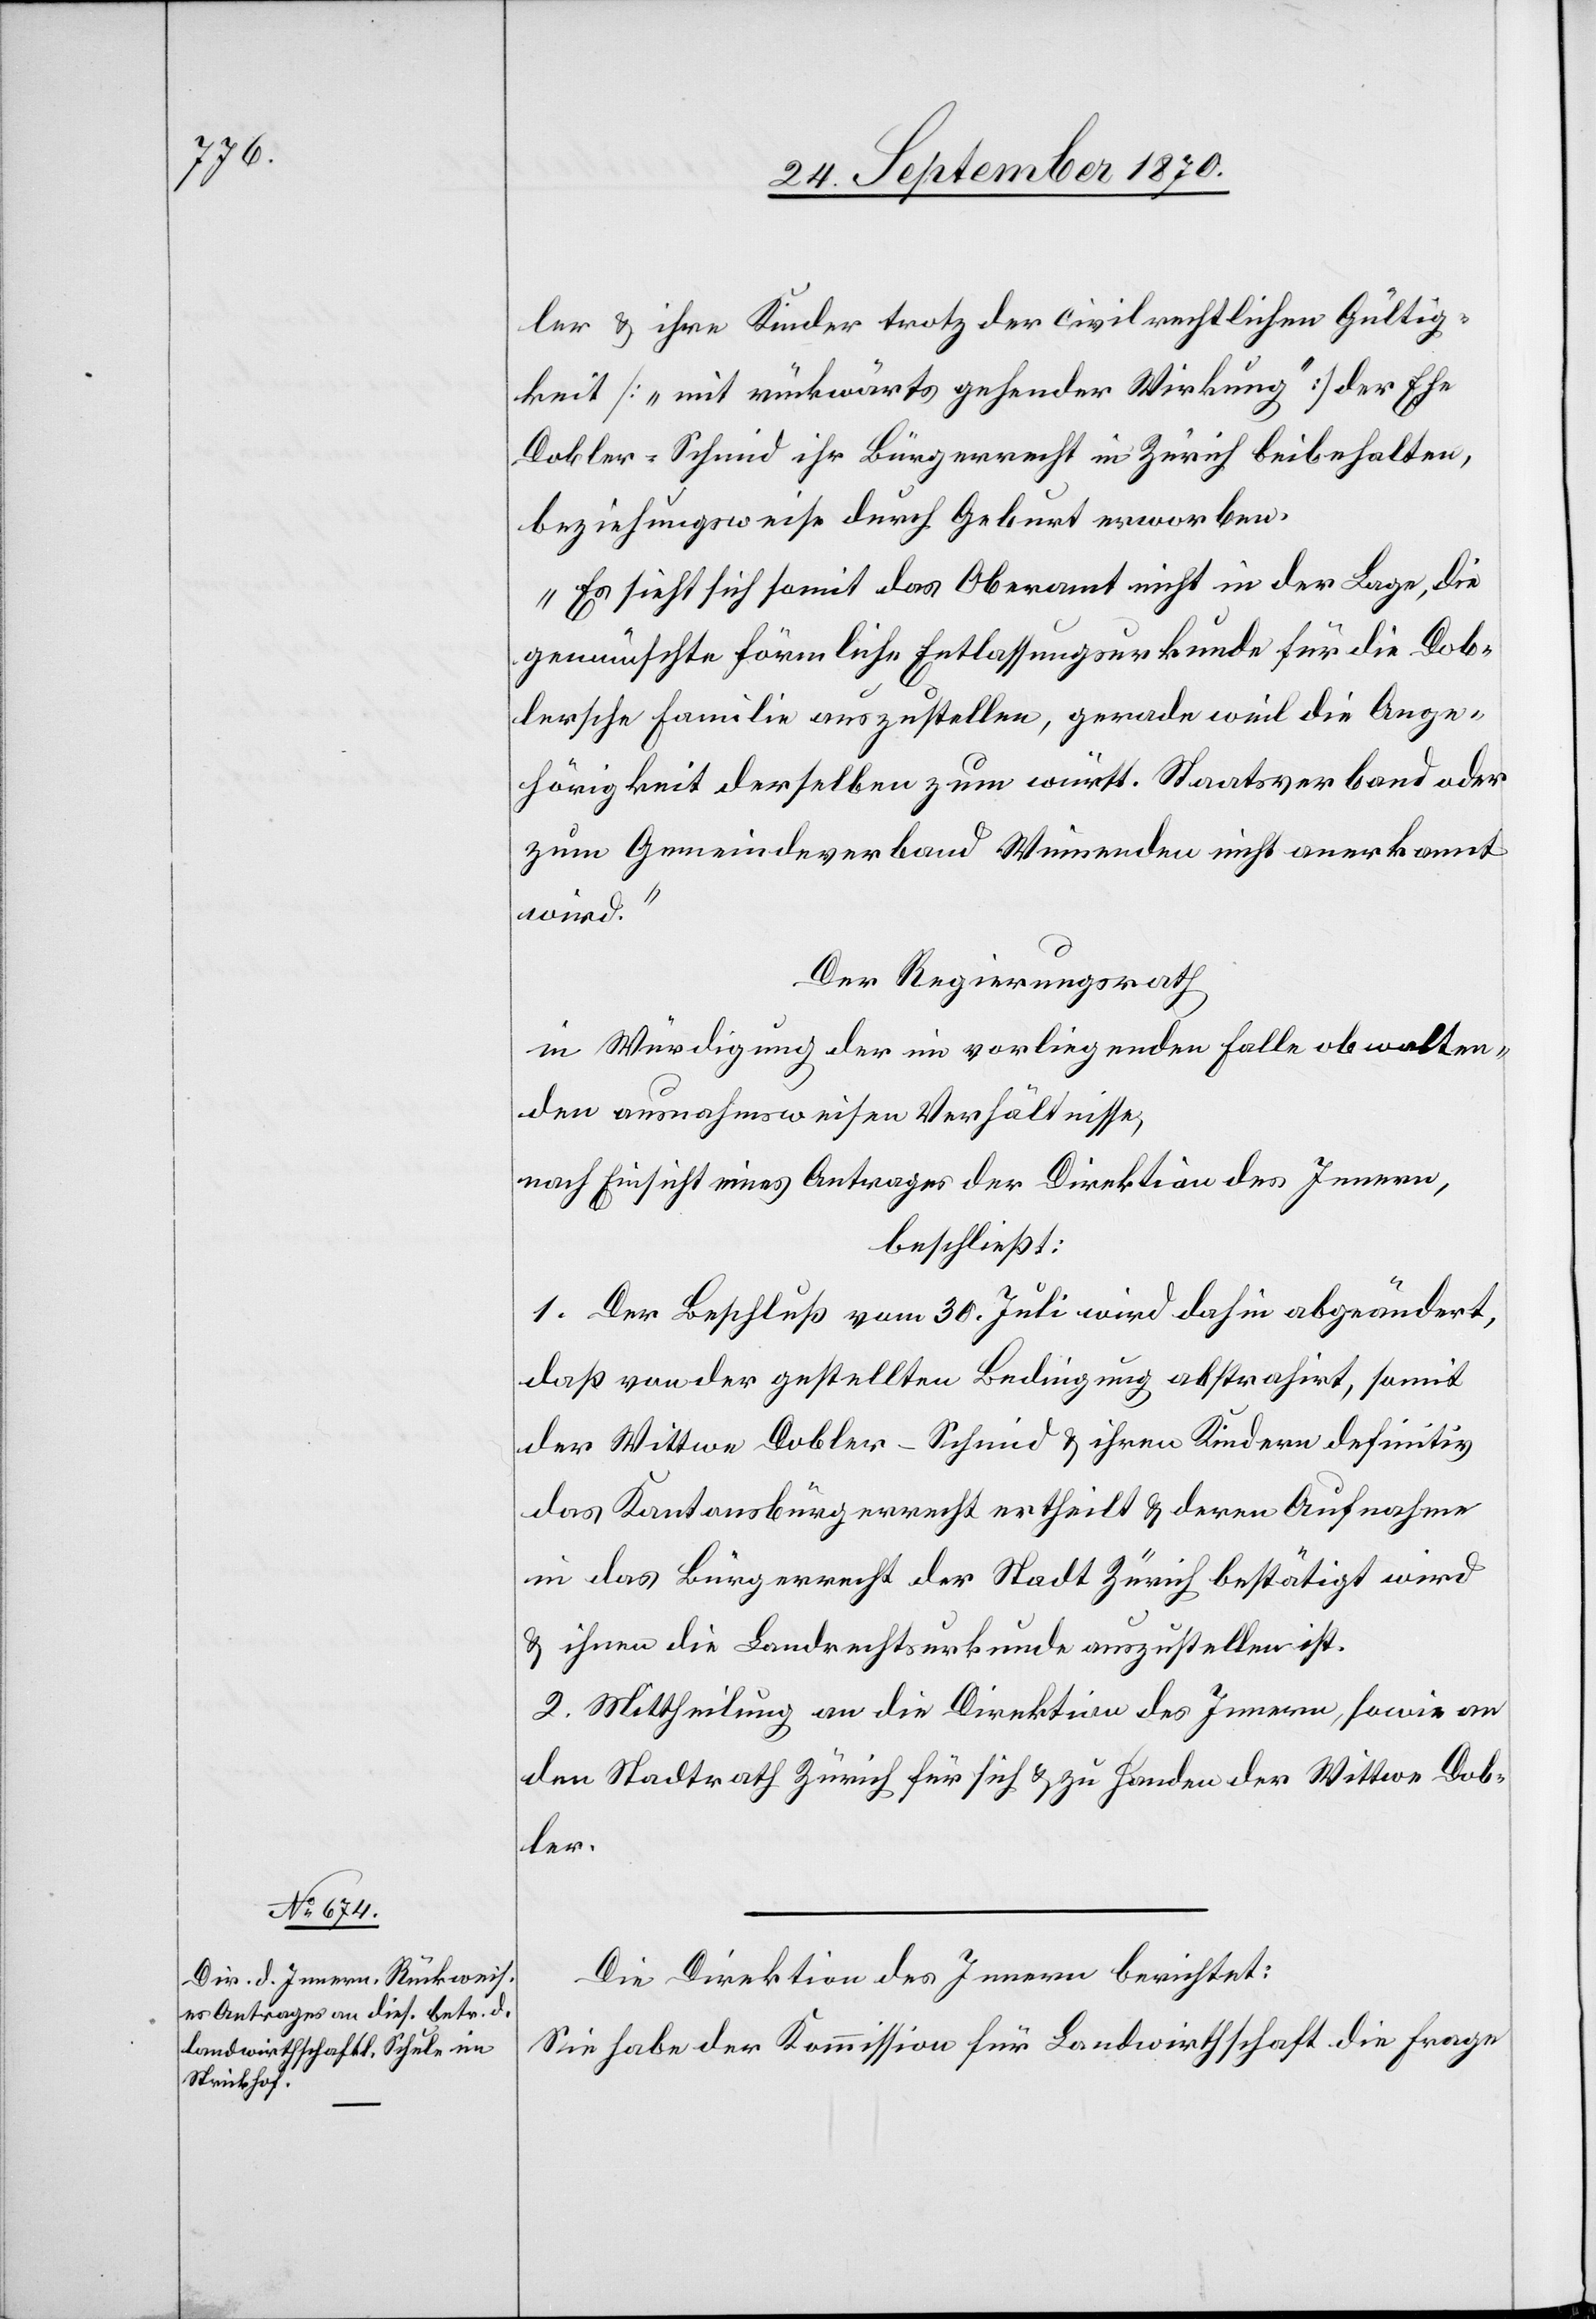
ler & ihre Kinder trotz der civilrechtlichen Gültig¬
keit [„mit rückwärts gehender Wirkung“] der Ehe
Dobler-Schmid ihr Bürgerrecht in Zürich beibehalten,
beziehungsweise durch Geburt erworben.
Es sieht sich somit das Oberamt nicht in der Lage, die
gewünschte förmliche Entlassungsurkunde für die Dob¬
lersche Familie auszustellen, gerade weil die Ange¬
hörigkeit derselben zum württ. Staatsverband oder
zum Gemeindeverband Winnenden nicht anerkannt
wird.“
Der Regierungsrath
in Würdigung der im vorliegenden Falle obwalten¬
den ausnahmsweisen Verhältnisse,
nach Einsicht eines Antrages der Direktion des Innern,
beschließt:
1. Der Beschluß vom 30. Juli wird dahin abgeändert,
daß von der gestellten Bedingung abstrahirt, somit
der Wittwe Dobler-Schmid & ihren Kindern definitiv
das Kantonsbürgerrecht ertheilt & deren Aufnahme
in das Bürgerrecht der Stadt Zürich bestätigt wird
& ihnen die Landrechtsurkunde auszustellen ist.
2. Mittheilung an die Direktion des Innern, sowie an
den Stadtrath Zürich für sich & zu Handen der Wittwe Dob¬
ler.
Die Direktion des Innern berichtet:
Sie habe der Kommission für Landwirthschaft die Frage